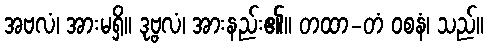
အဗလံ၊ အားမရှိ။ ဒုဗ္ဗလံ၊ အားနည်း၏။ တထာ-တံ ဝစနံ၊ သည်။